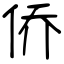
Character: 侨